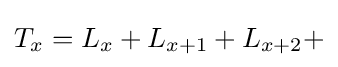
T_{x}=L_{x}+L_{x+1}+L_{x+2}+